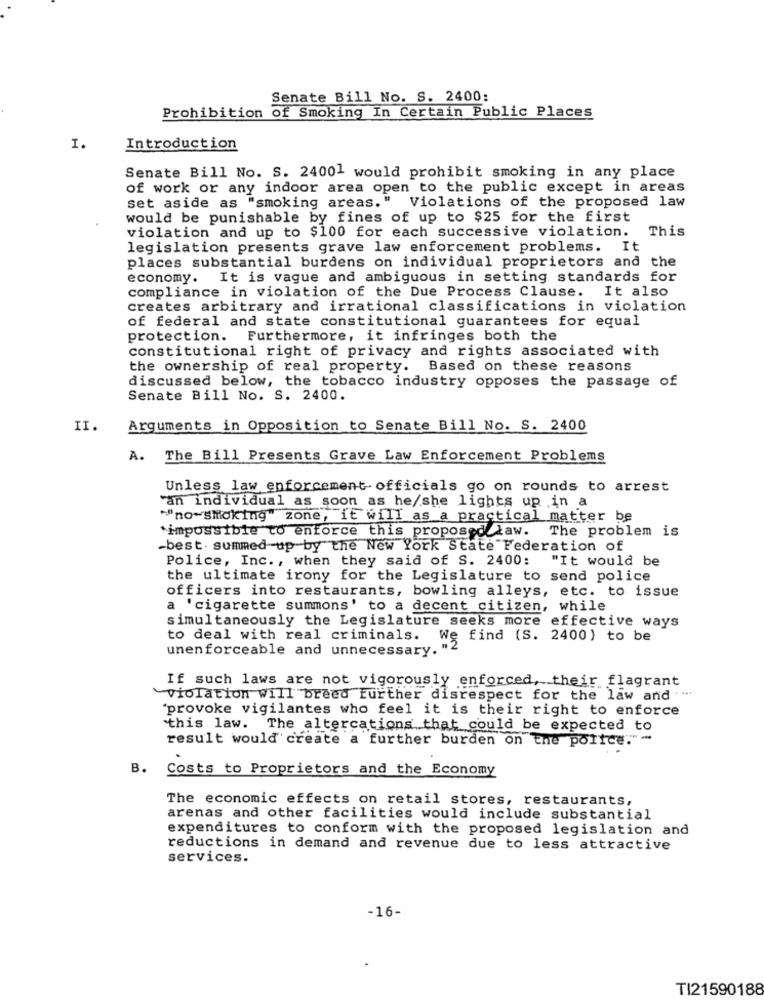
Senate Bill No. S. 2400:
Prohibition of Smoking In Certain Public Places
I.
Introduction
Senate Bill No. S. 24001 would prohibit smoking in any place
of work or any indoor area open to the public except in areas
set aside as "smoking areas." Violations of the proposed law
would be punishable by fines of up to $25 for the first
violation and up to $100 for each successive violation. This
legislation presents grave law enforcement problems. It
places substantial burdens on individual proprietors and the
economy. It is vague and ambiguous in setting standards for
compliance in violation of the Due Process Clause. It also
creates arbitrary and irrational classifications in violation
of federal and state constitutional guarantees for equal
protection. Furthermore, it infringes both the
constitutional right of privacy and rights associated with
the ownership of real property. Based on these reasons
discussed below, the tobacco industry opposes the passage of
Senate Bill No. S. 2400.
II.
Arguments in Opposition to Senate Bill No. S. 2400
A.
The Bill Presents Grave Law Enforcement Problems
Unless law enforcement officials go on rounds to arrest
'an individual as soon as he/she lights up in a
""no-smoking" zone, it will as a practical matter be
*impossible to enforce this proposed law. The problem is
-best. summed up by the New York State Federation of
Police, Inc ., when they said of S. 2400:
"It would be
the ultimate irony for the Legislature to send police
officers into restaurants, bowling alleys, etc. to issue
a 'cigarette summons' to a decent citizen, while
simultaneously the Legislature seeks more effective ways
to deal with real criminals. We find (S. 2400) to be
unenforceable and unnecessary."
If such laws are not vigorously enforced, their flagrant
violation will breed Further disrespect for the law and
"provoke vigilantes who feel it is their right to enforce
this law. The altercations that could be expected to
result would create a further burden on the police.""
B.
Costs to Proprietors and the Economy
The economic effects on retail stores, restaurants,
arenas and other facilities would include substantial
expenditures to conform with the proposed legislation and
reductions in demand and revenue due to less attractive
services.
-16-
TI21590188